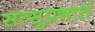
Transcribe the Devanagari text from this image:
सत्सुप्रभातं